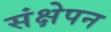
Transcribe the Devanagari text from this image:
संक्षेपन